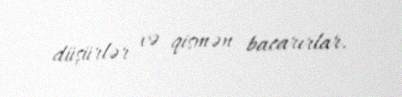
düşürlər və qismən bacarırlar.